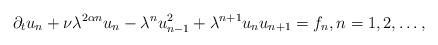
LaTeX: \begin{align*}\partial_t u_n+\nu\lambda^{2\alpha n} u_n-\lambda^{n} u^2_{n-1}+\lambda^{n+1} u_n u_{n+1}=f_n, n=1,2,\ldots,\end{align*}